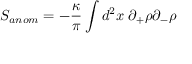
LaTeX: S _ { a n o m } = - \frac { \kappa } { \pi } \int d ^ { 2 } x \; \partial _ { + } \rho \partial _ { - } \rho